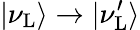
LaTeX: |\nu_{\mathrm{L}}\rangle\to|\nu_{\mathrm{L}}^{\prime}\rangle